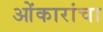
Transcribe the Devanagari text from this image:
ओंकारांचा